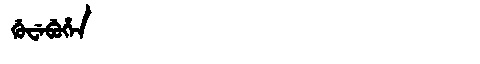
Manchu: ᡤᡠᠸᡝᠪᡠᡥᡝᠨ
Romanization: GUWEBUHEN